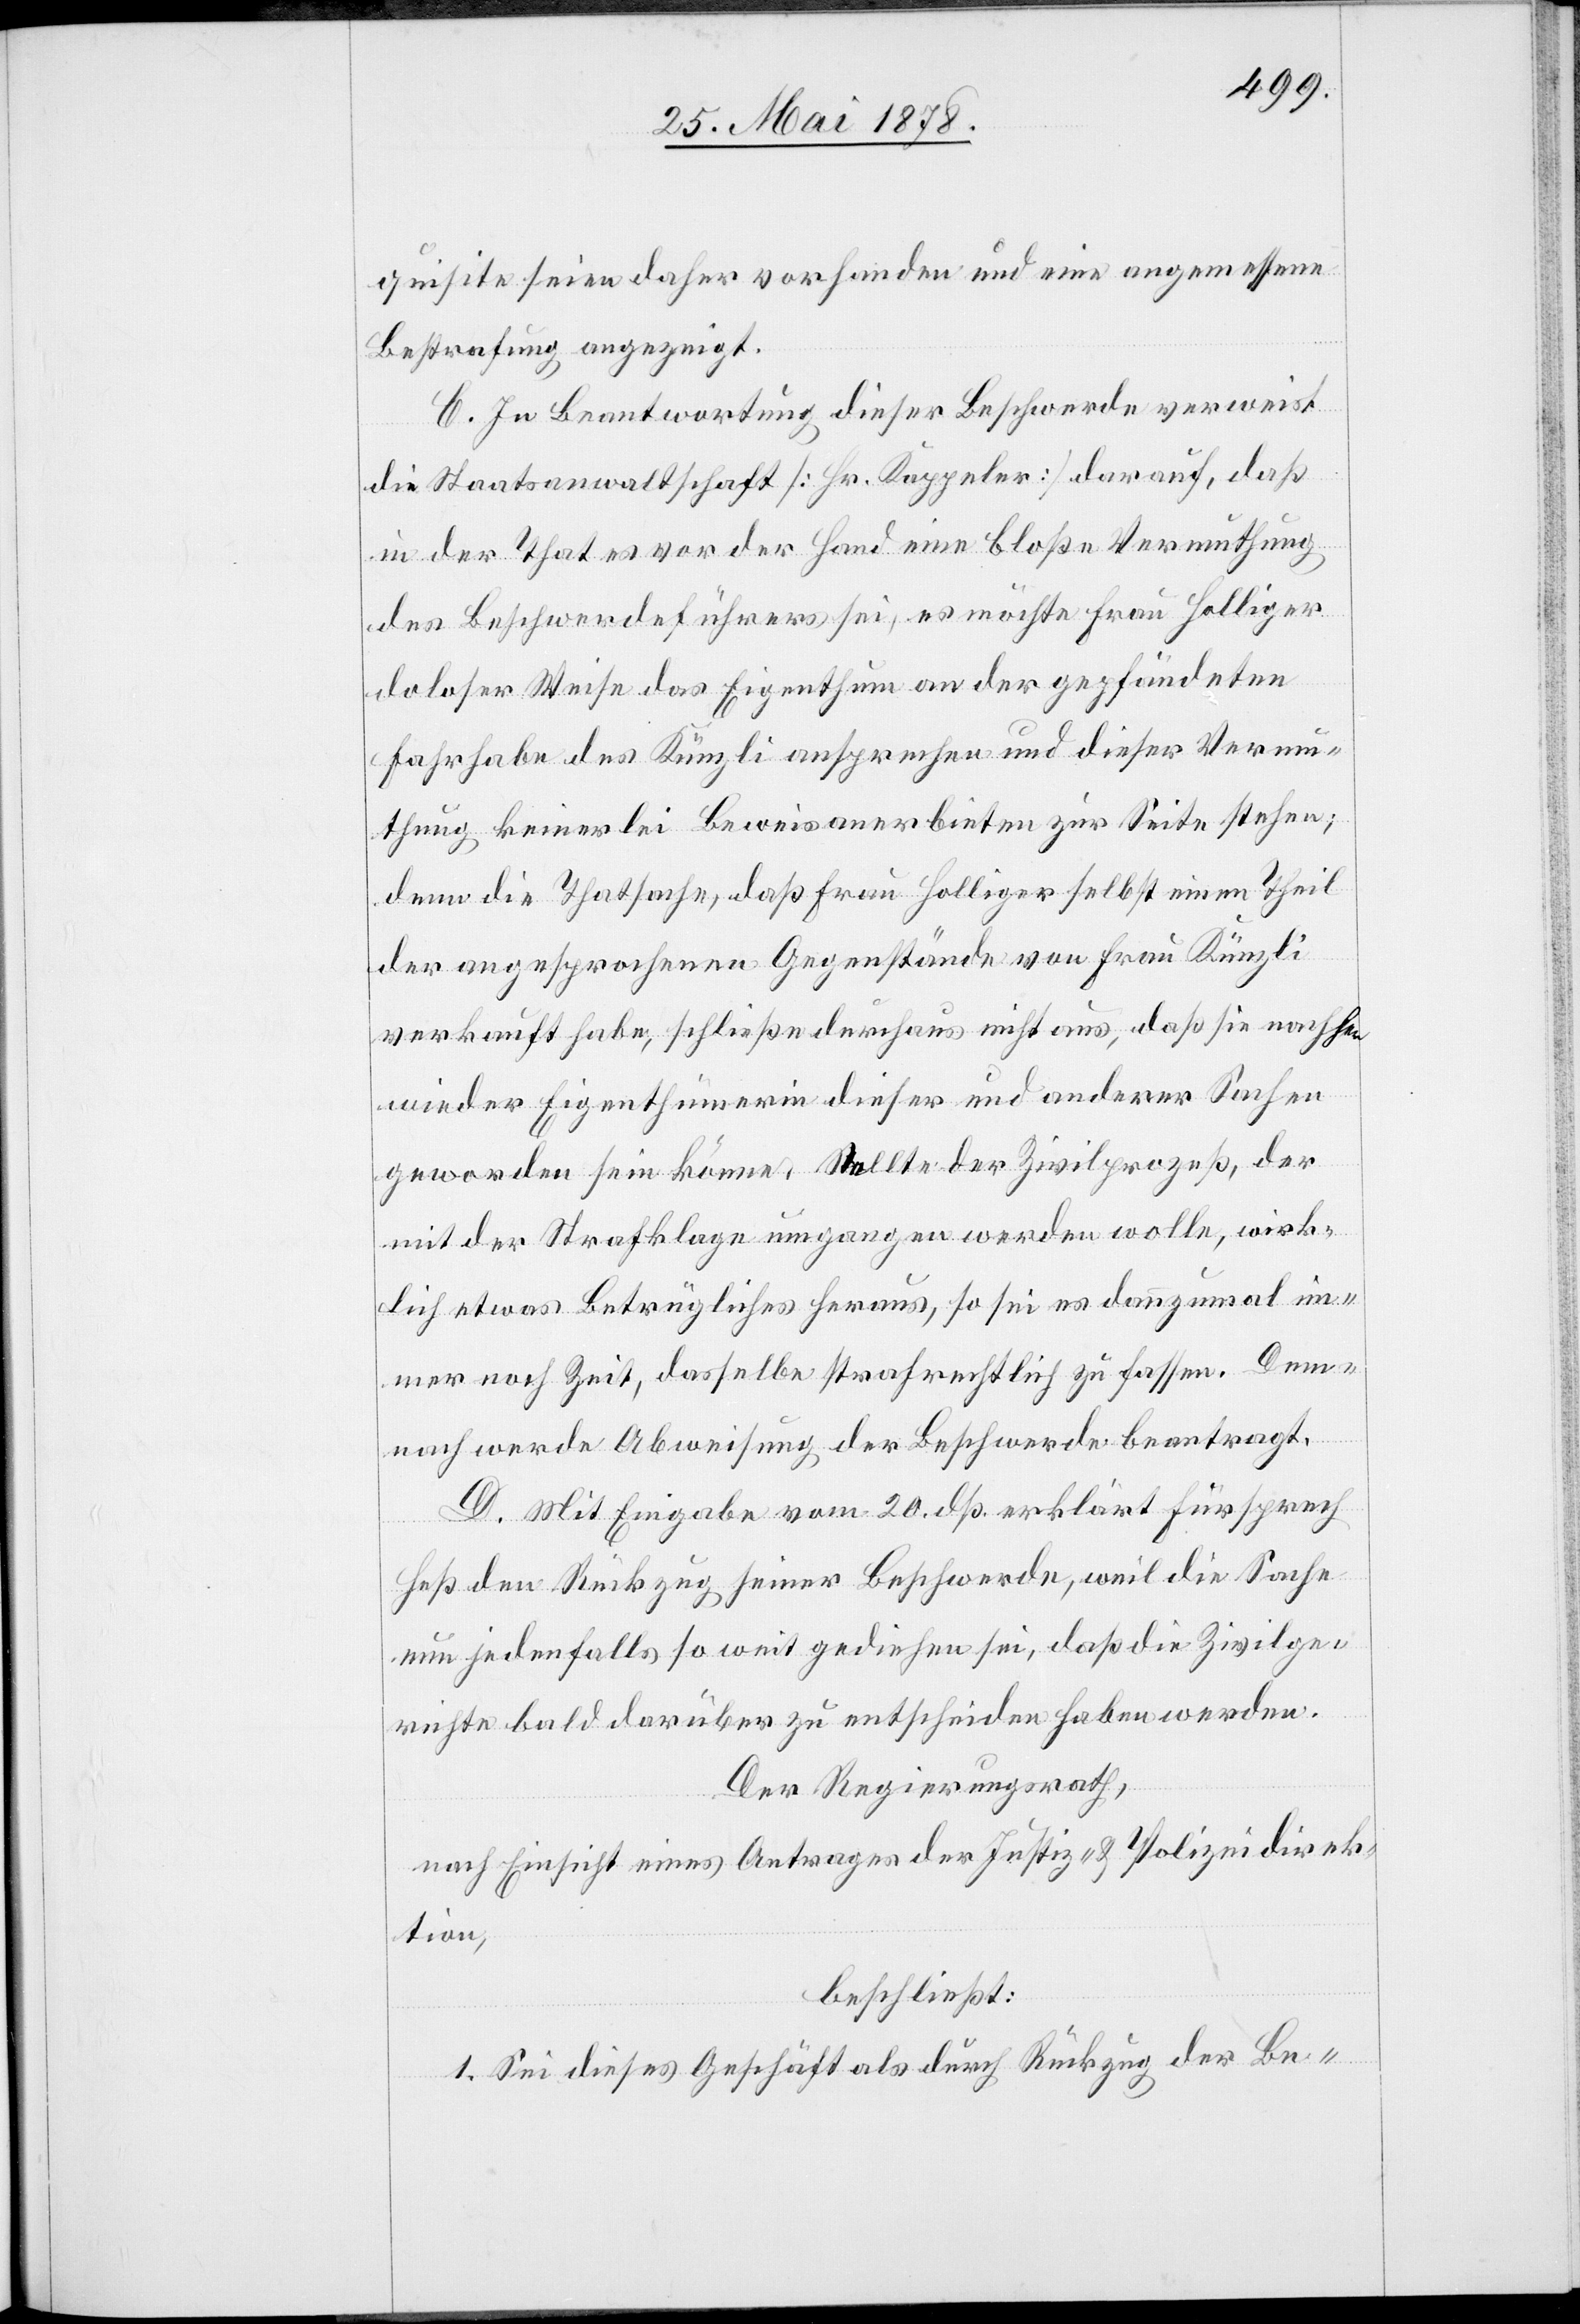
quisite seien daher vorhanden und eine angemessene
Bestrafung angezeigt.
C. In Beantwortung dieser Beschwerde verweist
die Staatsanwaltschaft [Hr. Kappeler] darauf, dass
in der That es vor der Hand eine bloße Vermuthung
des Beschwerdeführers sei, es möchte Frau Holliger
doloser Weise das Eigenthum an der gepfändeten
Fahrhabe des Künzli ansprechen und dieser Vermu¬
thung keinerlei Beweisanerbieten zur Seite stehen;
denn die Thatsache, dass Frau Holliger selbst einen Theil
der angesprochenen Gegenstände von Frau Künzli
verkauft habe, schließe durchaus nicht aus, dass sie nachher
wieder Eigenthümerin dieser und anderer Sachen
geworden sein könne. Stellte der Zivilprozeß, der
mit der Strafklage umgangen werden wolle, wirk¬
lich etwas Betrügliches heraus, so sei es dannzumal im¬
mer noch Zeit, dasselbe strafrechtlich zu fassen. Den¬
noch werde Abweisung der Beschwerde beantragt.
D. Mit Eingabe vom 20. dß. erklärt Fürsprech
Heß den Rückzug seiner Beschwerde, weil die Sache
nun jedenfalls so weit gediehen sei, dass die Zivilge¬
richte bald darüber zu entscheiden haben werden.
Der Regierungsrath,
nach Einsicht eines Antrages Justiz- & Polizeidirek¬
tion,
beschließt:
1. Sei dieses Geschäft als durch Rückzug der Be-